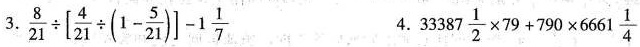
3. $$\frac{8}{21} \div \left[\frac{4}{21} \div (1-\frac{5}{21})\right ]-1 \frac{1}{7}$$ 4. $$33387 \frac{1}{2} \times 79+790 \times 6661 \frac{1}{4}$$